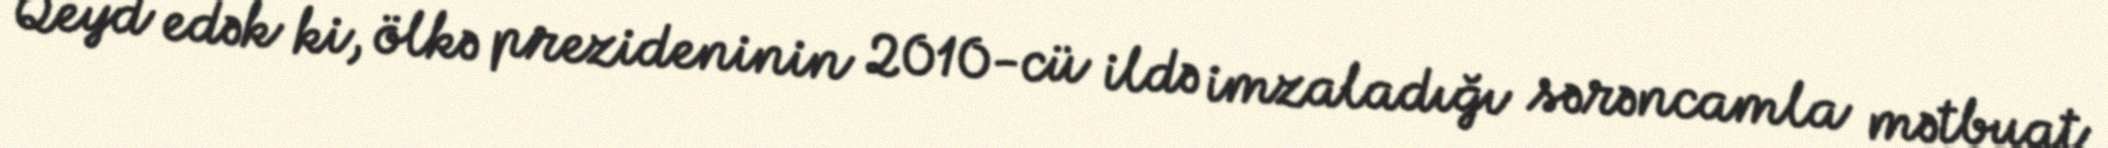
Qeyd edək ki, ölkə prezideninin 2010-cü ildə imzaladığı sərəncamla mətbuat